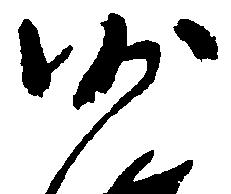
沙